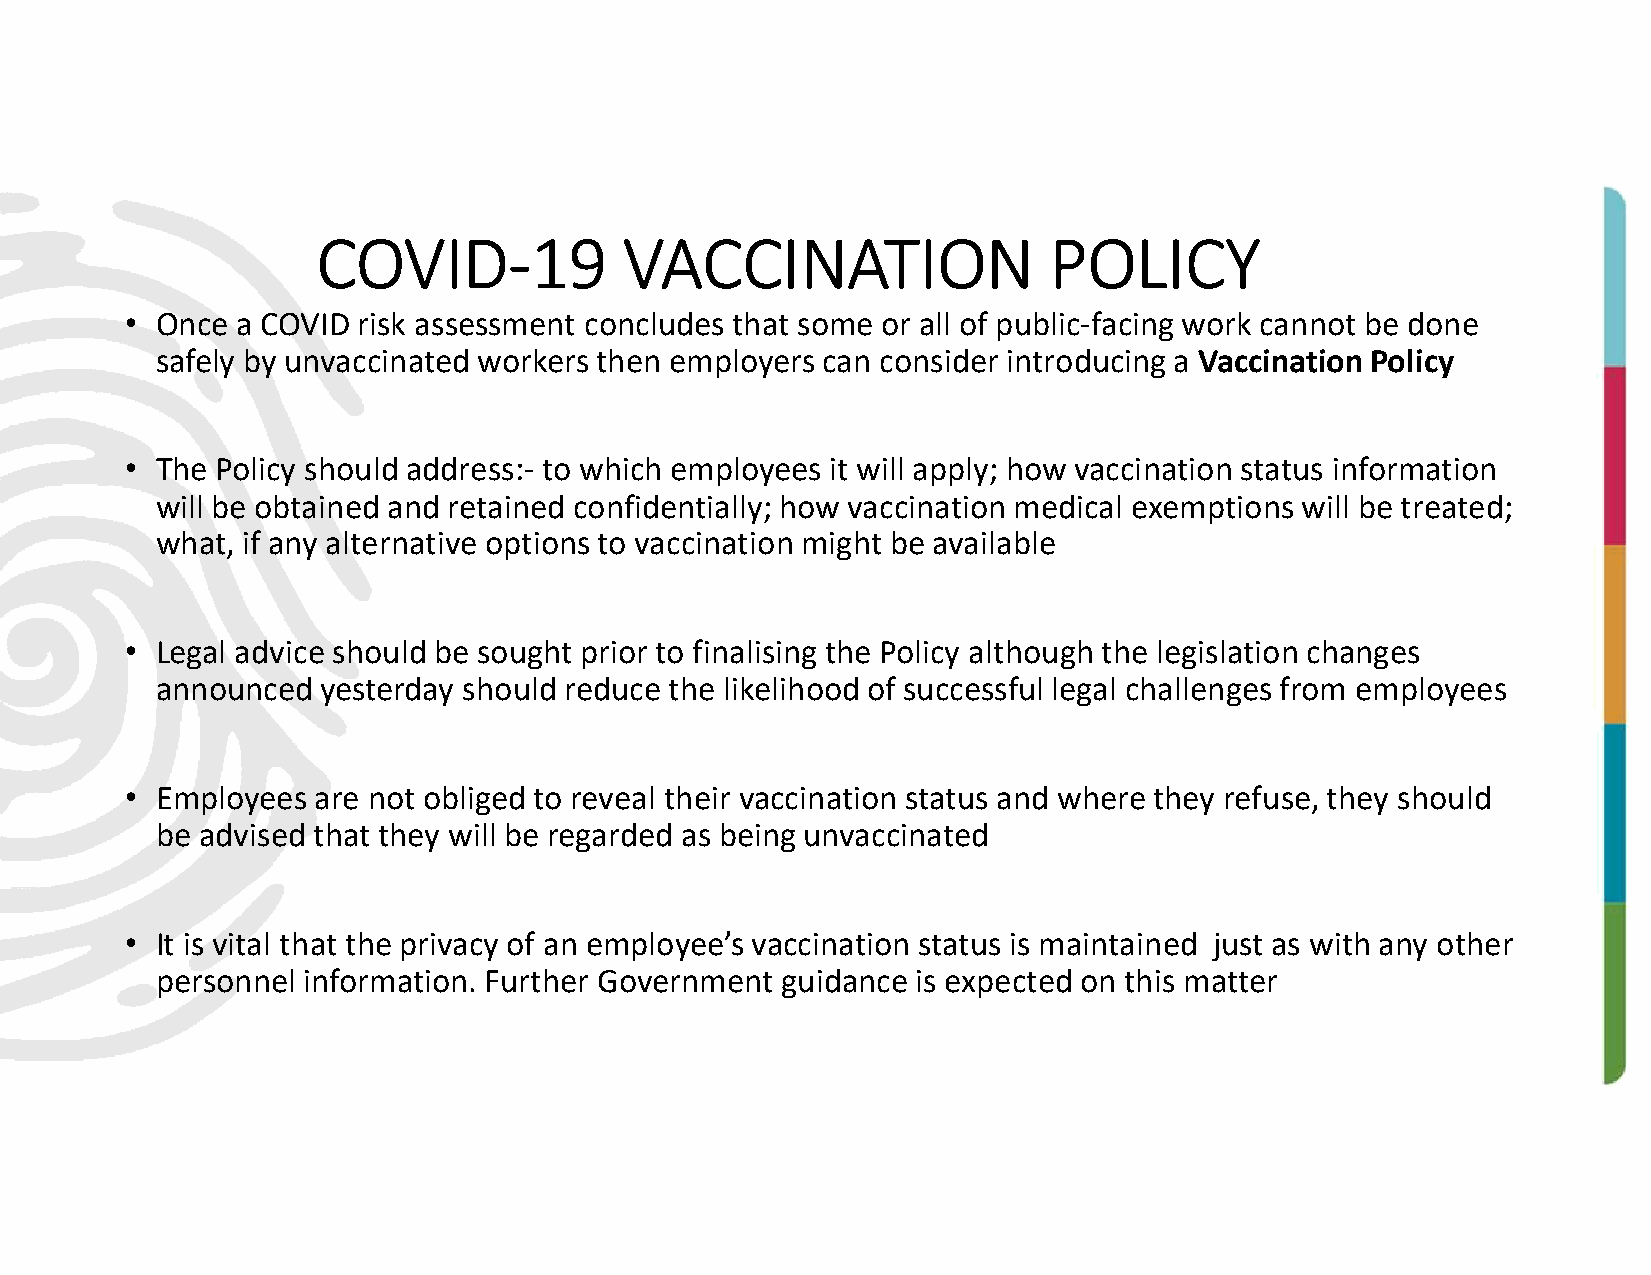
COVID-19            VACCINATION                 POLICY
 • Once  a COVID risk assessment concludes that some or all of public-facing work cannot be done
 safely by unvaccinated workers then employers can consider introducing a Vaccination Policy
 • The Policy should address:- to which employees it will apply; how vaccination status information
 will be obtained and retained confidentially; how vaccination medical exemptions will be treated;
 what, if any alternative options to vaccination might be available
 • Legal advice should be sought prior to finalising the Policy although the legislation changes
 announced  yesterday should reduce the likelihood of successful legal challenges from employees
 • Employees  are not obliged to reveal their vaccination status and where they refuse, they should
 be advised that they will be regarded as being unvaccinated
 • It is vital that the privacy of an employee’s vaccination status is maintained just as with any other
 personnel information. Further Government guidance is expected on this matter